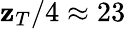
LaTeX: \mathbf{z}_{T}/4\approx23